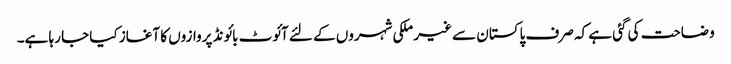
وضاحت کی گئی ہے کہ صرف پاکستان سے غیر ملکی شہروں کے لئے آئوٹ بائونڈ پروازوں کا آغاز کیا جا رہا ہے۔